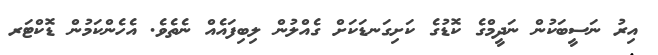
އިރު ނަސީބަކުން ނަދީމްގެ ކޮޑުގެ ކަށިގަނޑަކަށް ގެއްލުން ލިބިފައެއް ނެތެވެ. އެހެންކަމުން ޑޮކްޓަރ